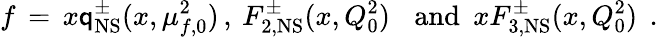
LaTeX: f\, =\, x\mathsf{q}_{\mathrm{{NS}}}^{\pm}(x,\mu_{f,0}^{2})\, ,\: F_{2,\mathrm{{NS}}}^{\pm}(x,Q_{0}^{2})\, \: \: \mathrm{{~and~}}\: xF_{3,\mathrm{{NS}}}^{\pm}(x,Q_{0}^{2})\: \: .